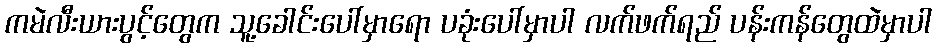
ကမဲလီးယားပွင့်တွေက သူ့ခေါင်းပေါ်မှာရော ပခုံးပေါ်မှာပါ လက်ဖက်ရည် ပန်းကန်တွေထဲမှာပါ